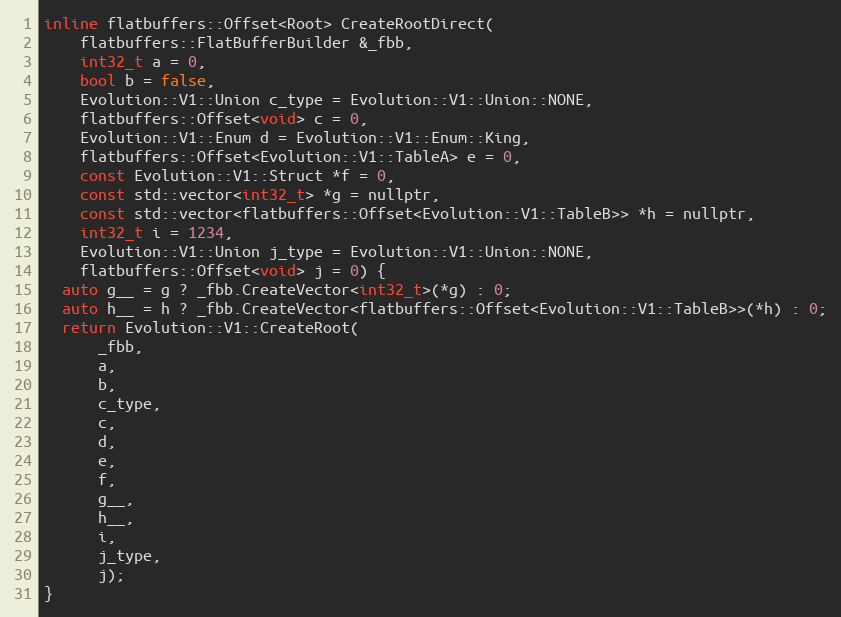
Language: C
inline flatbuffers::Offset<Root> CreateRootDirect(
    flatbuffers::FlatBufferBuilder &_fbb,
    int32_t a = 0,
    bool b = false,
    Evolution::V1::Union c_type = Evolution::V1::Union::NONE,
    flatbuffers::Offset<void> c = 0,
    Evolution::V1::Enum d = Evolution::V1::Enum::King,
    flatbuffers::Offset<Evolution::V1::TableA> e = 0,
    const Evolution::V1::Struct *f = 0,
    const std::vector<int32_t> *g = nullptr,
    const std::vector<flatbuffers::Offset<Evolution::V1::TableB>> *h = nullptr,
    int32_t i = 1234,
    Evolution::V1::Union j_type = Evolution::V1::Union::NONE,
    flatbuffers::Offset<void> j = 0) {
  auto g__ = g ? _fbb.CreateVector<int32_t>(*g) : 0;
  auto h__ = h ? _fbb.CreateVector<flatbuffers::Offset<Evolution::V1::TableB>>(*h) : 0;
  return Evolution::V1::CreateRoot(
      _fbb,
      a,
      b,
      c_type,
      c,
      d,
      e,
      f,
      g__,
      h__,
      i,
      j_type,
      j);
}